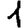
Digit: 1